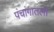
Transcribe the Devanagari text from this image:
पंचांगातली